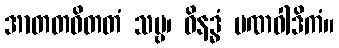
အာတတဝိတတံ သဗ္ဗ၊ ဝိနဒ္ဓံ ပဏဝါဒိကံ။